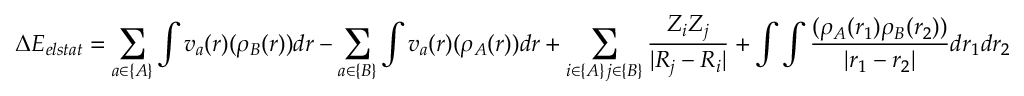
\Delta E _ { e l s t a t } = \sum _ { a \in \{ A \} } \int v _ { a } ( r ) ( \rho _ { B } ( r ) ) d r - \sum _ { a \in \{ B \} } \int v _ { a } ( r ) ( \rho _ { A } ( r ) ) d r + \sum _ { \substack { i \in \{ A \} \, j \in \{ B \} } } \frac { Z _ { i } Z _ { j } } { | R _ { j } - R _ { i } | } + \int \int \frac { ( \rho _ { A } ( r _ { 1 } ) \rho _ { B } ( r _ { 2 } ) ) } { | r _ { 1 } - r _ { 2 } | } d r _ { 1 } d r _ { 2 }